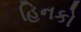
હિનકો